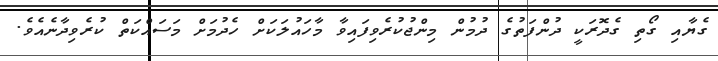
ގެޔާއި ގޯތި ގެދޮރަކީ ދުންފަތުގެ ދުމުން މިންޖުކުރެވިފައިވާ މާހައުލަކަށް ހެދުމަށް މަސައްކަތް ކުރެވިދާނެއެވެ.